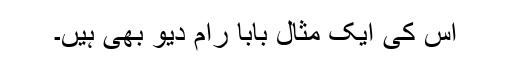
اس کی ایک مثال بابا رام دیو بھی ہیں۔